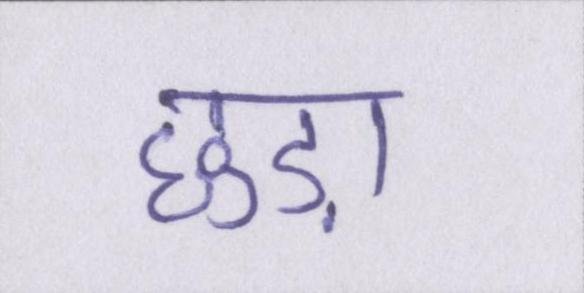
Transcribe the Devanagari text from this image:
छुड़ा